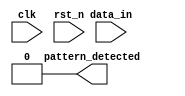
module dual_ff_detector(
    input wire clk,              // Clock signal
    input wire rst_n,            // Active low reset
    input wire data_in,          // Input data stream
    output reg pattern_detected   // Output signal to indicate pattern detection
);

// Parameters for the specific pattern (example: 2'b11)
parameter PATTERN_WIDTH = 2;
parameter PATTERN_VALUE = 2'b11; // Example pattern to detect

// Internal signals
reg data_ff1;                  // Output of first flip-flop
reg data_ff2;                  // Output of second flip-flop

// Sequential logic for dual flip-flops
always @(posedge clk or negedge rst_n) begin
    if (!rst_n) begin
        data_ff1 <= 1'b0;       // Reset first flip-flop
        data_ff2 <= 1'b0;       // Reset second flip-flop
    end else begin
        data_ff1 <= data_in;    // Sample input data to first FF
        data_ff2 <= data_ff1;    // Sample output of first FF to second FF
    end
end

// Combinational logic for pattern detection
always @(*) begin
    if (data_ff2 == PATTERN_VALUE) begin
        pattern_detected = 1'b1; // Pattern detected
    end else begin
        pattern_detected = 1'b0; // No pattern detected
    end
end

endmodule